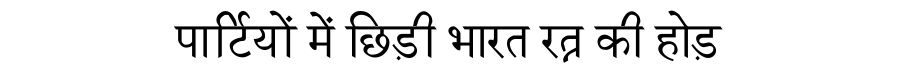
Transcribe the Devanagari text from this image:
पार्टियों में छिड़ी भारत रत्न की होड़